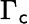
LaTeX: \Gamma_{\mathsf{c}}